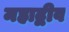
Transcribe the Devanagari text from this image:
महाद्वीव